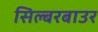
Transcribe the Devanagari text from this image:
सिल्बरबाउर